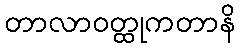
တာလာဝတ္ထုကတာနိ